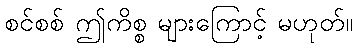
စင်စစ် ဤကိစ္စ များကြောင့် မဟုတ်။